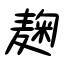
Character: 麹